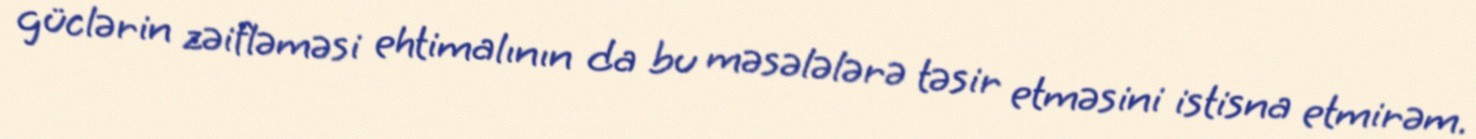
güclərin zəifləməsi ehtimalının da bu məsələlərə təsir etməsini istisna etmirəm.